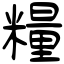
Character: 糧